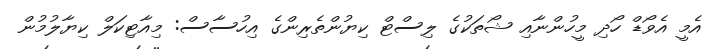
އެމީ އެވޯޑް ހޯދި މީހުންނާއި ޝޯތަކުގެ ލިސްޓް ކިޔުންތެރިންގެ އިހުސާސް: މިއާޓިކަލް ކިޔާލުމުން